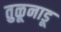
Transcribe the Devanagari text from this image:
तुळूनाडू